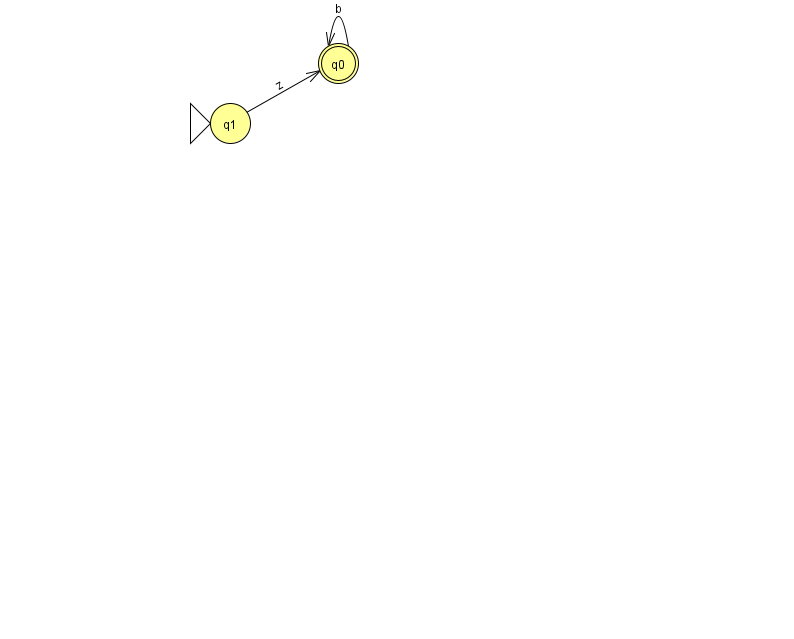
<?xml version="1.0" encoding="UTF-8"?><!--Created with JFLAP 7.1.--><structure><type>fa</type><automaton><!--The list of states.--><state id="0" name="q0"><x>338.0</x><y>50.0</y><final/></state><state id="1" name="q1"><x>230.0</x><y>110.0</y><initial/></state><!--The list of transitions.--><transition><from>0</from><to>0</to><read>b</read></transition><transition><from>1</from><to>0</to><read>z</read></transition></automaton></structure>